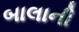
બાલાની